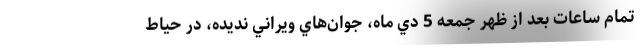
تمام ساعات بعد از ظهر جمعه 5 دي ماه، جوان‌هاي ويراني نديده، در حياط